Civil Veterinary Dept. Bombay admin report 1923-31 - 1923-1931
Year: 1923
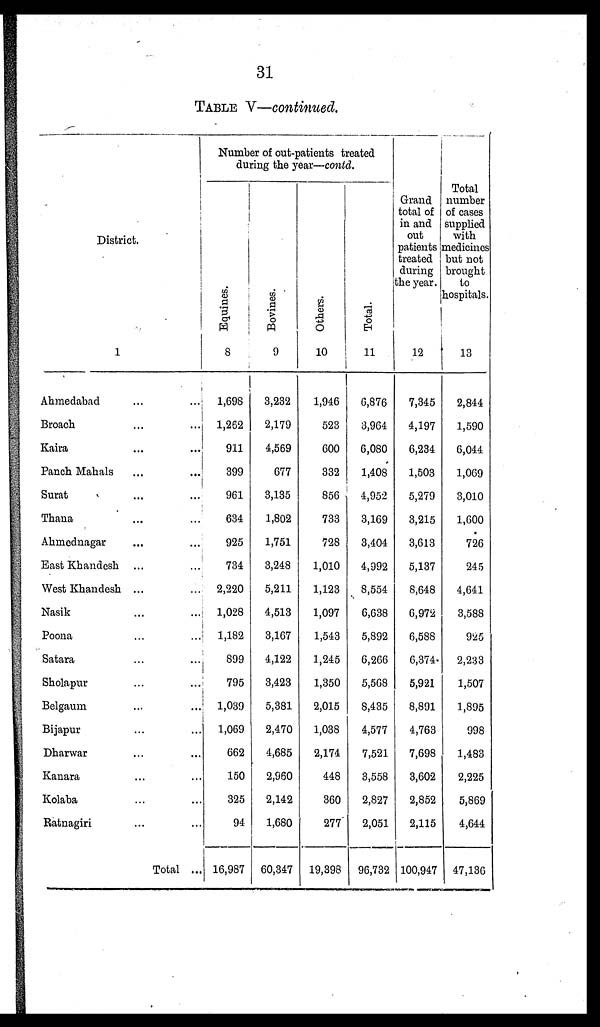
31
TABLE V—continued.
District.
1
Ahmedabad ... ...
Broach ... ...
Kaira ... ...
Panch Mahals ... ...
Surat ... ...
Thana ... ...
Ahmednagar ... ...
East Khandesh ... ...
West Khandesh ... ...
Nasik ... ...
Poona ... ...
Satara ... ...
Sholapur ... ...
Belgaum ... ...
Bijapur ... ...
Dharwar ... ...
Kanara ... ...
Kolaba ... ...
Ratnagiri ... ...
Total ...
Number of out-patients treated
during the year—contd.
Equines.
8
1,698
1,262
911
399
961
634
925
734
2,220
1,028
1,182
899
795
1,039
1,069
662
150
325
94
16,987
Bovi nes .
9
3,232
2,179
4,569
677
3,135
1,802
1,751
3,248
5,211
4,513
3,167
4,122
3,423
5,381
2,470
4,685
2,960
2,142
1,680
60,347
Others.
10
1,946
523
600
332
856
733
728
1,010
1,123
1,097
1,543
1,245
1,350
2,015
1,038
2,174
448
360
277
19,398
Tot al .
11
6,876
3,964
6,080
1,408
4,952
3,169
3,404
4,992
8,554
6,638
5,892
6,266
5,568
8,435
4,577
7,521
3,558
2,827
2,051
96,732
Grand
total of
in and
out
patients
treated
during
the year.
12
7,345
4,197
6,234
1,503
5,279
3,215
3,613
5,137
8,648
6,972
6,588
6,374
5,921
8,891
4,763
7,698
3,602
2,852
2,115
100,947
Total
number
of cases
supplied
with
medicines
but not
brought
to
hospitals.
13
2,844
1,590
6,044
1,069
3,010
1,600
726
245
4,641
3,588
925
2,233
1,507
1,895
998
1,483
2,225
5,869
4,644
47,136